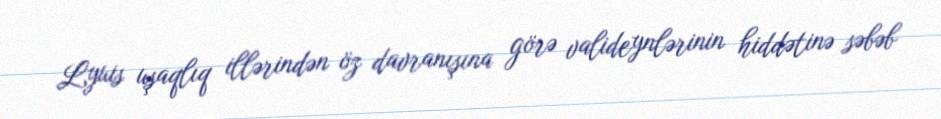
Lyuis uşaqlıq illərindən öz davranışına görə valideynlərinin hiddətinə səbəb